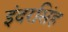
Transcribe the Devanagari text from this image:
इंदरसिंह